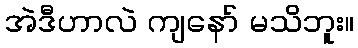
အဲဒီဟာလဲ ကျနော် မသိဘူး။